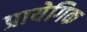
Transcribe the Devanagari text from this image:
प्रायेगिक